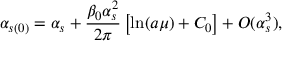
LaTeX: \alpha _ { s ( 0 ) } = \alpha _ { s } + \frac { \beta _ { 0 } \alpha _ { s } ^ { 2 } } { 2 \pi } \left[ \ln ( a \mu ) + C _ { 0 } \right] + O ( \alpha _ { s } ^ { 3 } ) ,